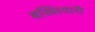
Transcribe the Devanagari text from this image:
बख्तियारी